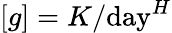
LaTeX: [g]=K/\mathrm{day}^{H}